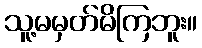
သူ့မမှတ်မိကြဘူး။